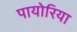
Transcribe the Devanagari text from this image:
पायोरिया